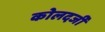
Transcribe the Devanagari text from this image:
कोलदर्जी